65_HS1-834228961_62-HQ-83894_Section_6
Agency: FBI
Page 128
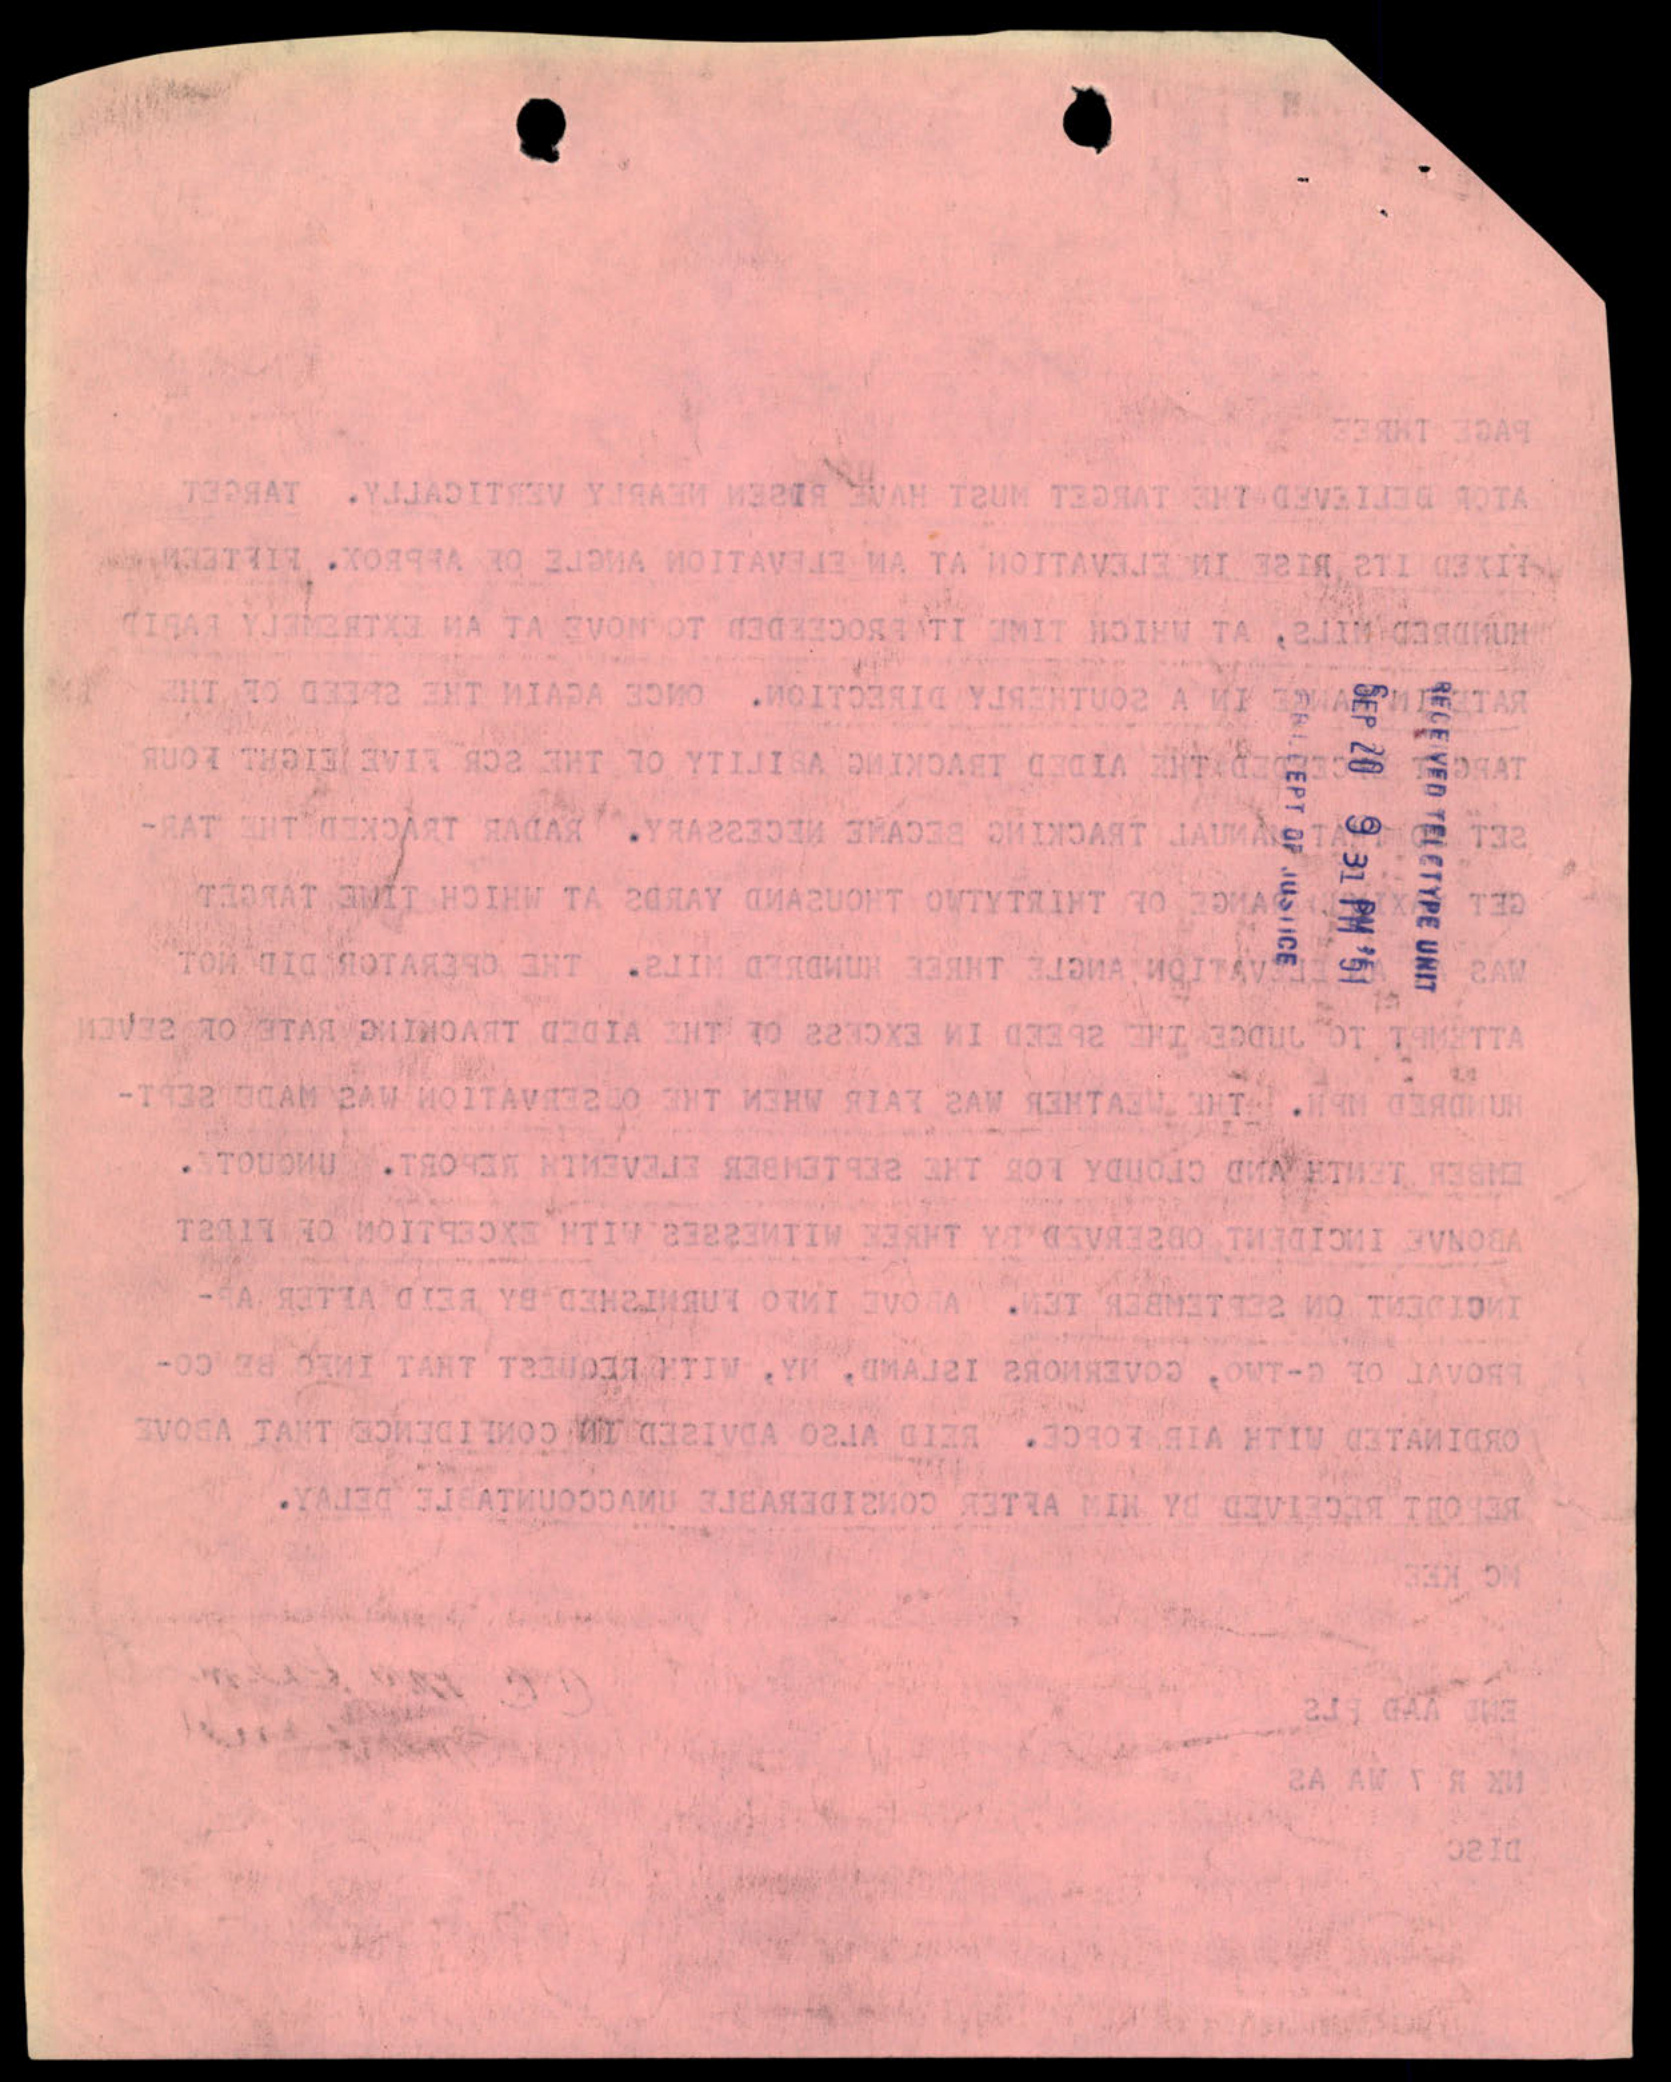